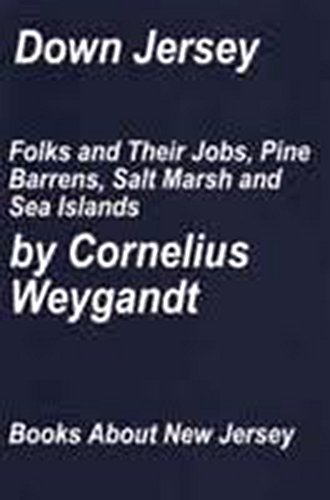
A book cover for Down Jersey: Folks and their jobs, pine barrens, salt marsh and sea islands; Cornelius Weygandt; Travel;